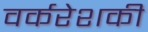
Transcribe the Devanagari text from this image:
वर्करेशकी